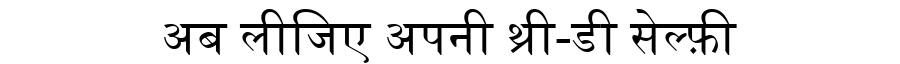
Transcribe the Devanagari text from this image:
अब लीजिए अपनी थ्री-डी सेल्फ़ी